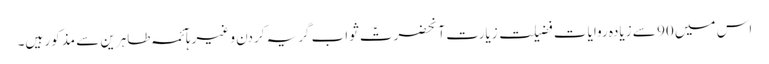
اس میں 90 سے زیادہ روایات فضیلت زیارت آنحضرتؑ ثواب گریہ کردن و غیرہآئمہ طاہرین سے مذکور ہیں۔